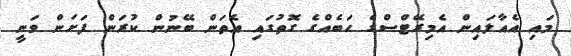
މައި އެއާލައިން އެމިރޭޓްސްގެ ހަބެއްގެ ގޮތުގައި އެތަން ބޭނުން ކުރަން ފަށަން ވަނީ